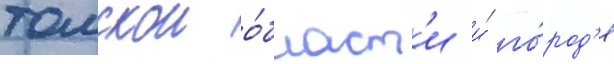
томскои о́бласт'и и́ го́род'е